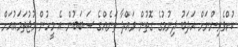
ކުށްވެރިންނަށް އަދަބު ދިނުމުގެ ގޮތުން ވައްދާ ތަނެއްގެ ސަބަބުން އެ މީހުން މުޖުތަމައުއަށް